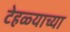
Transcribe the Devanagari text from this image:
टेहळ्याच्या